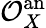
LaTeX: {\mathcal{O}}_{X}^{\mathrm{an}}